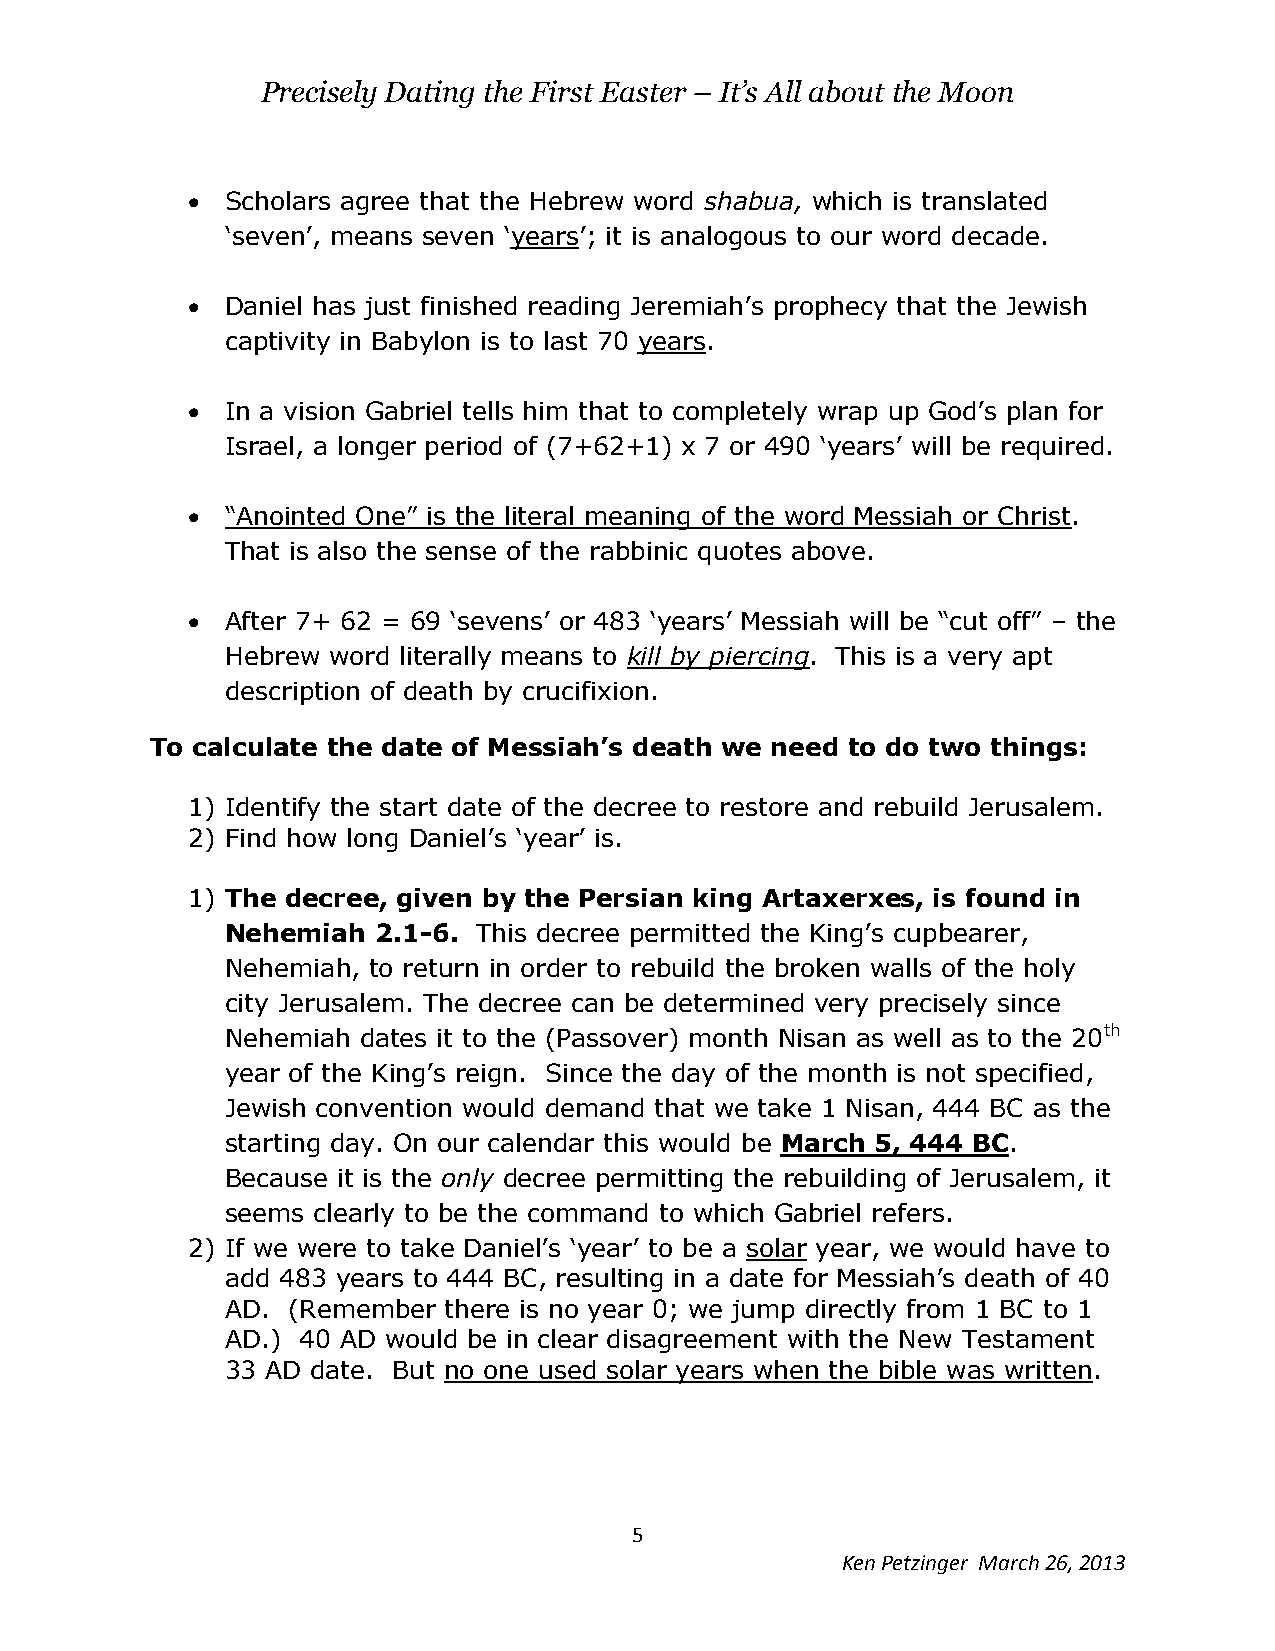
Precisely Dating the First Easter – It’s All about the Moon
   Scholars agree that the Hebrew word shabua, which is translated
 ‘seven’, means seven ‘years’; it is analogous to our word decade.
   Daniel has just finished reading Jeremiah’s prophecy that the Jewish
 captivity in Babylon is to last 70 years.
   In a vision Gabriel tells him that to completely wrap up God’s plan for
 Israel, a longer period of (7+62+1) x 7 or 490 ‘years’ will be required.
   “Anointed One” is the literal meaning of the word Messiah or Christ.
 That is also the sense of the rabbinic quotes above.
   After 7+ 62 = 69 ‘sevens’ or 483 ‘years’ Messiah will be “cut off” – the
 Hebrew word literally means to kill by piercing. This is a very apt
 description of death by crucifixion.
 To calculate the date of Messiah’s death we need to do two things:
 1) Identify the start date of the decree to restore and rebuild Jerusalem.
 2) Find how long Daniel’s ‘year’ is.
 1) The decree, given by the Persian king Artaxerxes, is found in
 Nehemiah  2.1-6. This decree permitted the King’s cupbearer,
 Nehemiah, to return in order to rebuild the broken walls of the holy
 city Jerusalem. The decree can be determined very precisely since
 Nehemiah dates it to the (Passover) month Nisan as well as to the 20th
 year of the King’s reign. Since the day of the month is not specified,
 Jewish convention would demand that we take 1 Nisan, 444 BC as the
 starting day. On our calendar this would be March 5, 444 BC.
 Because it is the only decree permitting the rebuilding of Jerusalem, it
 seems clearly to be the command to which Gabriel refers.
 2) If we were to take Daniel’s ‘year’ to be a solar year, we would have to
 add 483 years to 444 BC, resulting in a date for Messiah’s death of 40
 AD. (Remember there is no year 0; we jump directly from 1 BC to 1
 AD.) 40 AD would be in clear disagreement with the New Testament
 33 AD date. But no one used solar years when the bible was written.
 5
 Ken Petzinger March 26, 2013